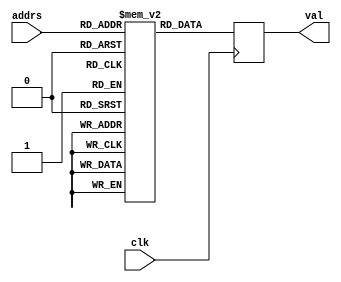
module prmg_rom(clk, addrs, val);
input clk;
input [15:0] addrs;
output reg [15:0] val;
(* ram_init_file = "IO/prgm_rom/prgm_rom.mif" *) reg [15:0] mem[0:65535];

always @ (posedge clk)
	begin
	val <= mem[addrs];
end
endmodule